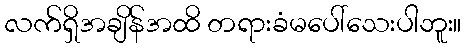
လက်ရှိအချိန်အထိ တရားခံမပေါ်သေးပါဘူး။